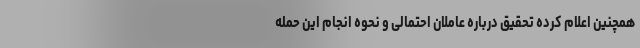
همچنین اعلام کرده تحقیق درباره عاملان احتمالی و نحوه انجام این حمله